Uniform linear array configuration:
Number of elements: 64
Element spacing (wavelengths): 0.25
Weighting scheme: blackman
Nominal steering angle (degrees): -60
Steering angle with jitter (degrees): -60.273
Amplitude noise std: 0.05
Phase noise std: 0.05

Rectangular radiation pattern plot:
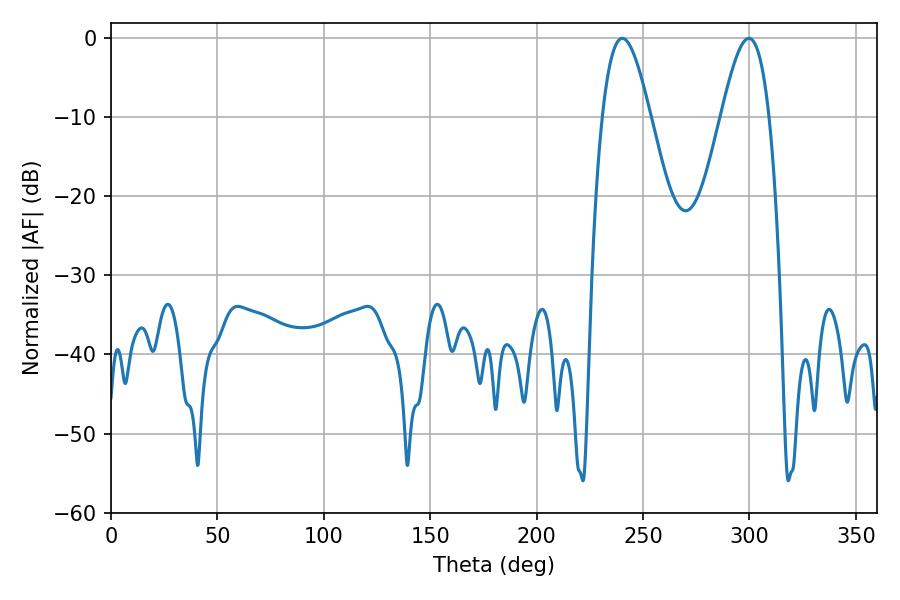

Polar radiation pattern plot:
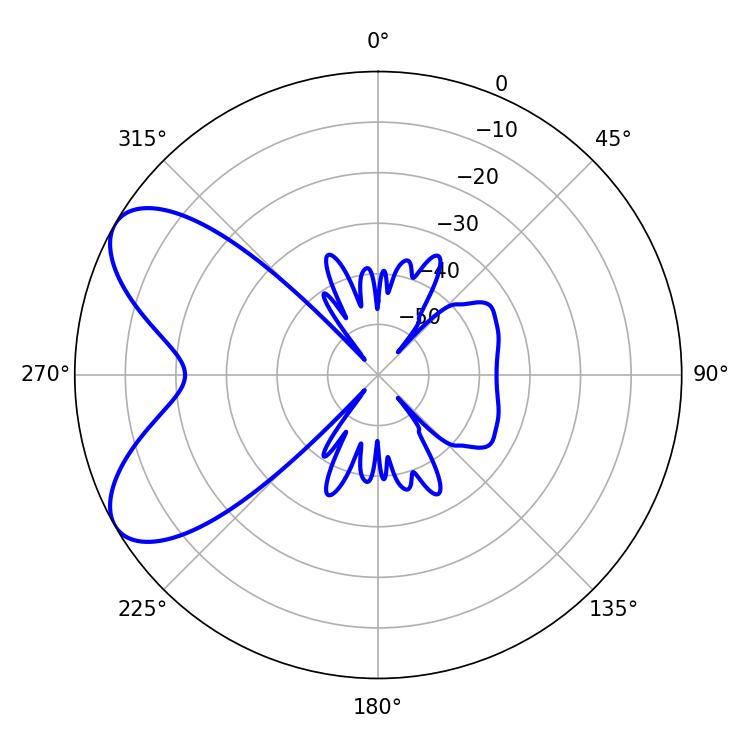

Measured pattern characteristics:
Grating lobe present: FALSE
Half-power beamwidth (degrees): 12.24
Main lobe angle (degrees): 240.3